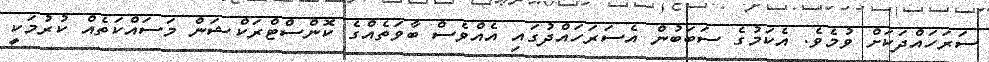
ސަރަހައްދަކަށް ވުމެވެ. އެކަމުގެ ސަބަބުން އެސަރަހައްދުގައި އެއްވެސް ބާވަތެއްގެ ކޮންސްޓްރަކްޝަން މަސައްކަތެއް ކުރުމަކީ